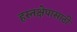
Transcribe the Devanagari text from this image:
हस्तक्षेपासाठी